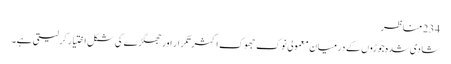
234 مناظر
شادی شدہ جوڑوں کے درمیان معمولی نوک جھوک اکثر تکرار اور جھگڑے کی شکل اختیار کرلیتی ہے۔